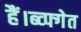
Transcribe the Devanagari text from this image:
हैं।ब्व्फ्गेत